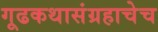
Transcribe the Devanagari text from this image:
गूढकथासंग्रहाचेच